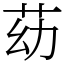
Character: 苭